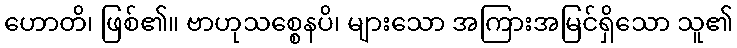
ဟောတိ၊ ဖြစ်၏။ ဗာဟုသစ္စေနပိ၊ များသော အကြားအမြင်ရှိသော သူ၏